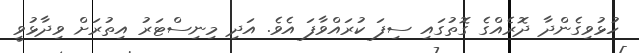
ހުޅުވިގެންދާ ދޮރެއްގެ ގޮތުގައި ސިފަ ކުރައްވާފަ އެވެ. އަދި މިނިސްޓަރު އިތުރަށް ވިދާޅުވީ